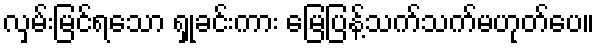
လှမ်းမြင်ရသော ရှုခင်းကား မြေပြန့်သက်သက်မဟုတ်ပေ။